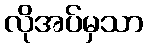
လိုအပ်မှသာ